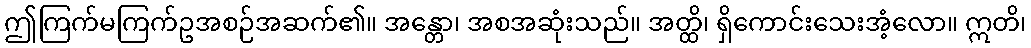
ဤကြက်မကြက်ဥအစဉ်အဆက်၏။ အန္တော၊ အစအဆုံးသည်။ အတ္ထိ၊ ရှိကောင်းသေးအံ့လော။ ဣတိ၊